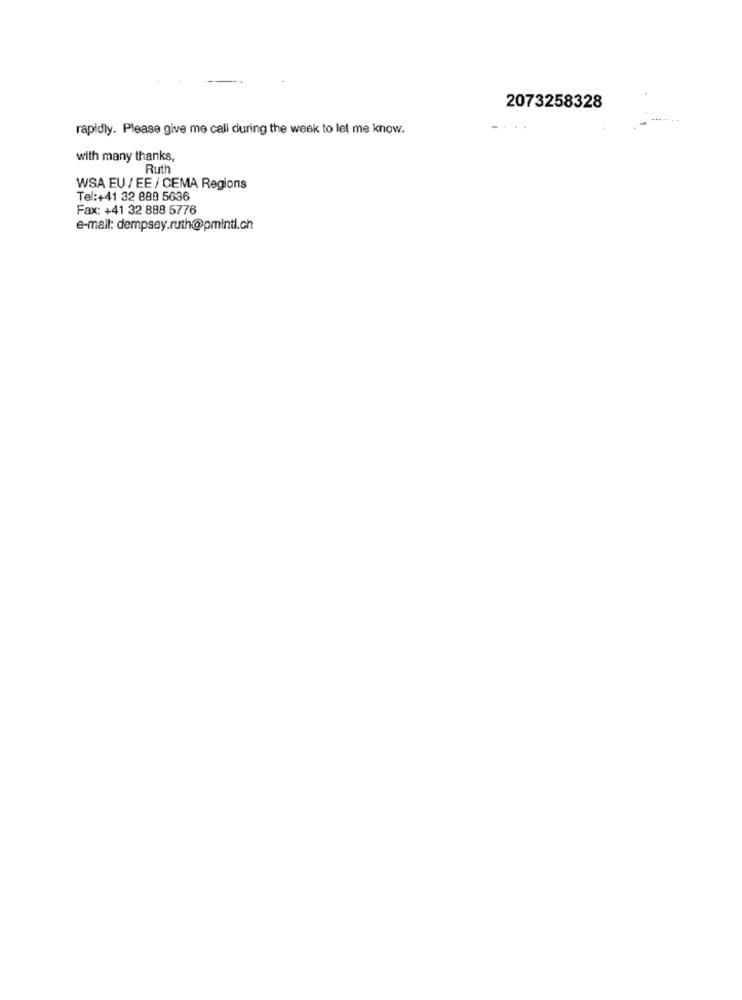
2073258328
rapidly. Please give me call during the week to let me know.
....
with many thanks,
Ruth
WSA EU / EE / CEMA Regions
Tel:+41 32 880 5636
Fax: +41 32 888 5776
e-mail: dempsey.ruth@pmintl.ch